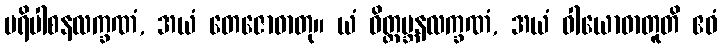
ပရိပါစနလက္ခဏံ, အယံ တေဇောဓာတု။ ယံ ဝိတ္ထမ္ဘနလက္ခဏံ, အယံ ဝါယောဓာတူတိ ဧဝံ